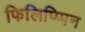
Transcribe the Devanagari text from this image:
फिलिप्प्पिन